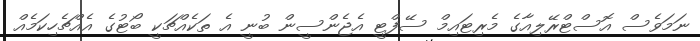
ނަމަވެސް އޮސްޓްރޭލިއާގެ މެރިޓައިމް ސޭފްޓީ އެޖެންސީން ބުނީ އެ ތަކެއްޗަކީ ބޯޓުގެ އެއްޗެހިކަމެއް